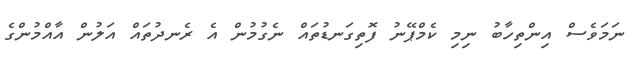
ނަމަވެސް އިންތިހާބު ނިމި ކެމްޕޭނު ފޮތިގަނޑުތައް ނެގުމުން އެ ރެނދުތައް އަލުން އާއްމުންގެ